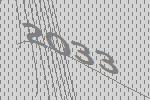
2033